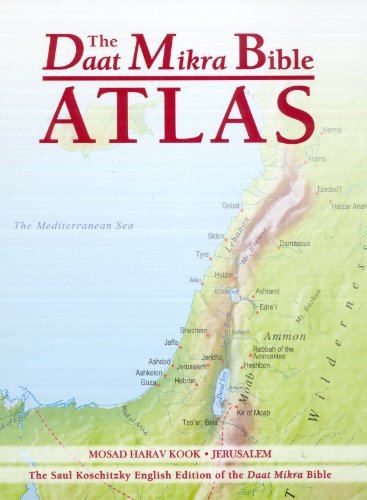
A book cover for The Daat Mikra Bible Atlas: A Comprehensive Guide to Biblical Geography and History; Yehuda Elitzur and Yehuda Keel; Christian Books & Bibles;